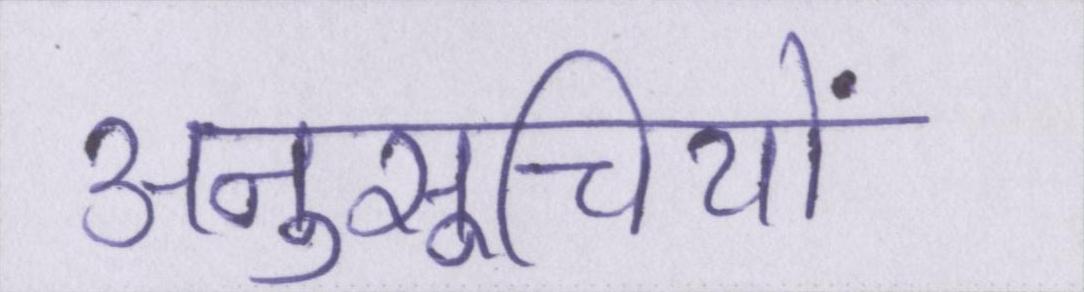
अनुसूचियों